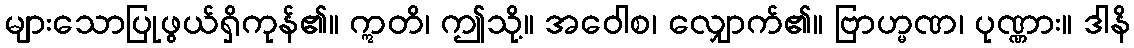
များသောပြုဖွယ်ရှိကုန်၏။ ဣတိ၊ ဤသို့။ အဝေါစ၊ လျှောက်၏။ ဗြာဟ္မဏ၊ ပုဏ္ဏား။ ဒါနိ